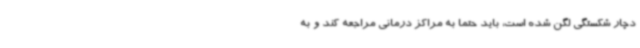
دچار شکستگی لگن شده است، باید حتما به مراکز درمانی مراجعه کند و به